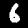
Label: 6